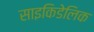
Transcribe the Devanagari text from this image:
साइकिडेलिक